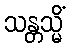
သန္တသ္မိံ